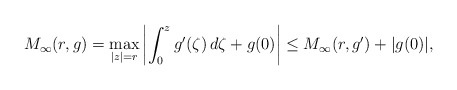
\begin{align*}M_\infty(r,g)=\max_{|z|=r}\left|\int_0^zg'(\zeta)\,d\zeta+g(0)\right|\le M_\infty(r,g')+|g(0)|,\end{align*}